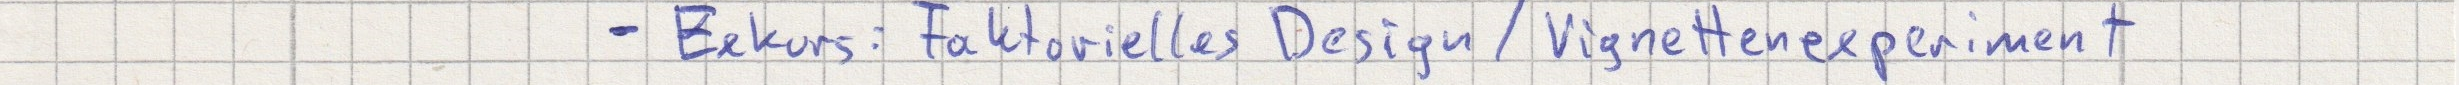
- Exkurs: Faktorielles Design / Vignettenexperiment